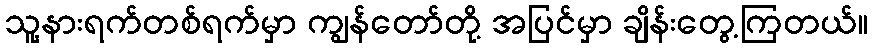
သူ့နားရက်တစ်ရက်မှာ ကျွန်တော်တို့ အပြင်မှာ ချိန်းတွေ့ကြတယ်။